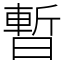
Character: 暫